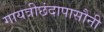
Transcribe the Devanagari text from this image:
गायत्रीछंदापासौनी